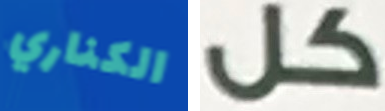
الكناري كل